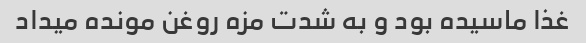
غذا ماسیده بود و به شدت مزه روغن مونده میداد